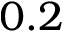
0 . 2